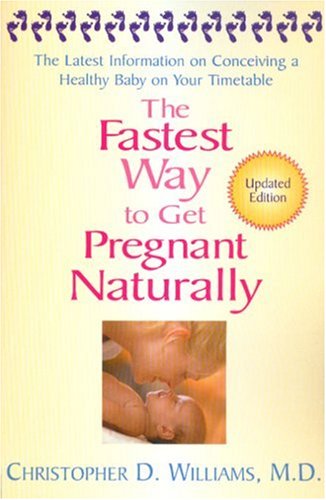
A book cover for The Fastest Way to Get Pregnant Naturally: The Latest Information On Conceiving a Healthy Baby On Your Timetable; Christopher D. Williams; Health, Fitness & Dieting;